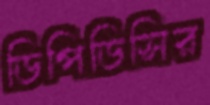
ডিপিডিসির